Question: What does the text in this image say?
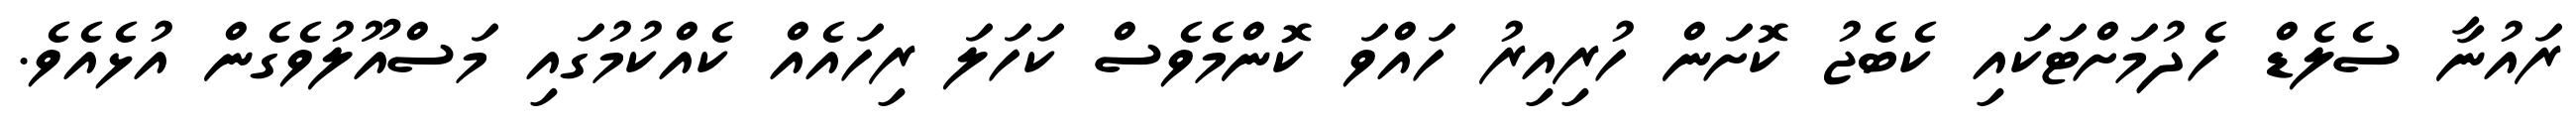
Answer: ރައުނާ ސެލެޑް ހެދުމަށްޓަކައި ކެބެޖު ކޮށަން ހުރިއިރު ހައްވަ ކޮންމެވެސް ކަހަލަ ރިހައެއް ކެއްކުމުގައި މަސްއޫލުވެގެން އުޅެއެވެ.